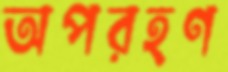
অপরহণ